Leprosy in India: report of the Leprosy Commission in India, 1890-91
Year: 1890
Disease focus: Leprosy
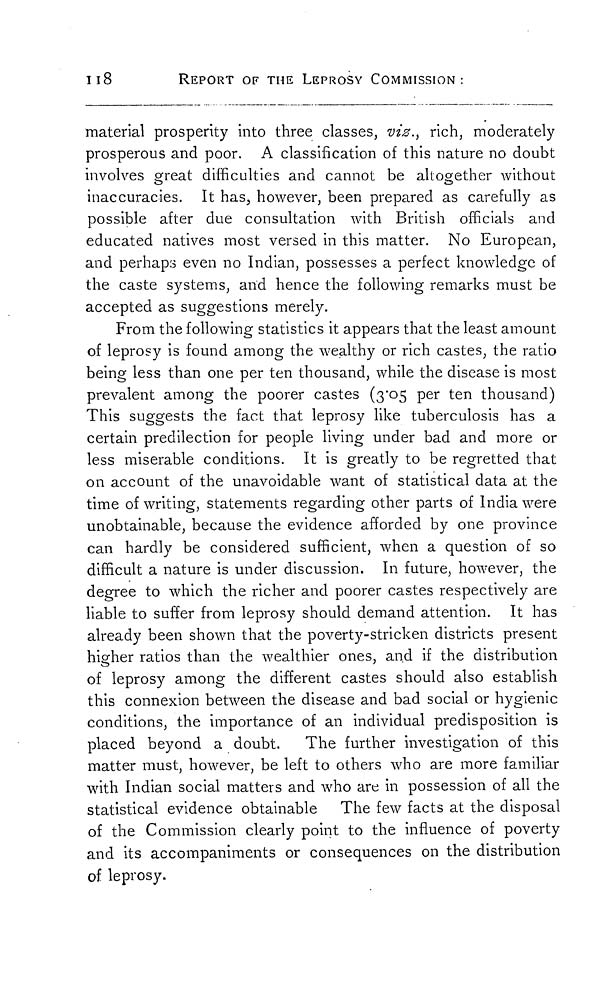
118
REPORT OF THE LEPROSY COMMISSION:
material prosperity into three classes, viz., rich, moderately
prosperous and poor. A classification of this nature no doubt
involves great difficulties and cannot be altogether without
inaccuracies. It has, however, been prepared as carefully as
possible after due consultation with British officials and
educated natives most versed in this matter. No European,
and perhaps even no Indian, possesses a perfect knowledge of
the caste systems, and hence the following remarks must be
accepted as suggestions merely.
From the following statistics it appears that the least amount
of leprosy is found among the wealthy or rich castes, the ratio
being less than one per ten thousand, while the disease is most
prevalent among the poorer castes (3 . 05 per ten thousand)
This suggests the fact that leprosy like tuberculosis has a
certain predilection for people living under bad and more or
less miserable conditions. It is greatly to be regretted that
on account of the unavoidable want of statistical data at the
time of writing, statements regarding other parts of India were
unobtainable, because the evidence afforded by one province
can hardly be considered sufficient, when a question of so
difficult a nature is under discussion. In future, however, the
degree to which the richer and poorer castes respectively are
liable to suffer from leprosy should demand attention. It has
already been shown that the poverty-stricken districts present
higher ratios than the wealthier ones, and if the distribution
of leprosy among the different castes should also establish
this connexion between the disease and bad social or hygienic
conditions, the importance of an individual predisposition is
placed beyond a doubt. The further investigation of this
matter must, however, be left to others who are more familiar
with Indian social matters and who are in possession of all the
statistical evidence obtainable The few facts at the disposal
of the Commission clearly point to the influence of poverty
and its accompaniments or consequences on the distribution
of leprosy.